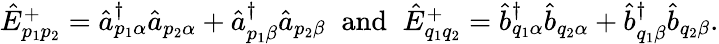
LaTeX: \begin{array}{r}{\hat{E}_{p_{1}p_{2}}^{+}=\hat{a}_{p_{1}\alpha}^{\dagger}\hat{a}_{p_{2}\alpha}+\hat{a}_{p_{1}\beta}^{\dagger}\hat{a}_{p_{2}\beta}\; \; \mathrm{and}\; \; \hat{E}_{q_{1}q_{2}}^{+}=\hat{b}_{q_{1}\alpha}^{\dagger}\hat{b}_{q_{2}\alpha}+\hat{b}_{q_{1}\beta}^{\dagger}\hat{b}_{q_{2}\beta}.}\end{array}